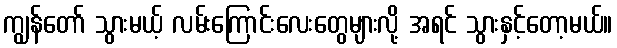
ကျွန်တော် သွားမယ့် လမ်းကြောင်းလေးတွေများလို့ အရင် သွားနှင့်တော့မယ်။